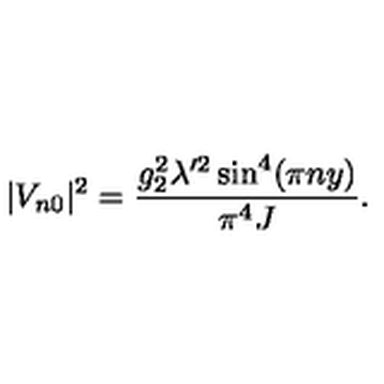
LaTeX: | V _ { n 0 } | ^ { 2 } = \frac { g _ { 2 } ^ { 2 } \lambda ^ { \prime 2 } \sin ^ { 4 } ( \pi n y ) } { \pi ^ { 4 } J } .